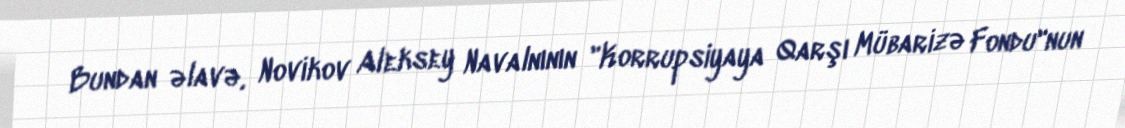
Bundan əlavə, Novikov Aleksey Navalnının "Korrupsiyaya Qarşı Mübarizə Fondu"nun